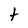
Character: t